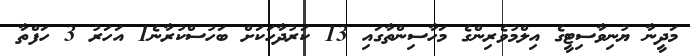
މަދީނާ ޔުނިވާސިޓީގެ އިލްމުވެރިންގެ މަހާސިންތާގައި 13 ކަރުދާހަކަށް ބަހުސްކުރާނެ1 އަހަރު 3 ހަފްތާ